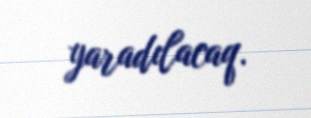
yaradılacaq.